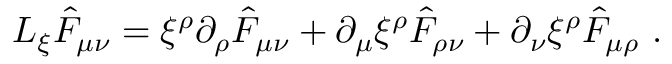
{ \cal L } _ { \xi } \hat { F } _ { \mu \nu } = \xi ^ { \rho } \partial _ { \rho } \hat { F } _ { \mu \nu } + \partial _ { \mu } \xi ^ { \rho } \hat { F } _ { \rho \nu } + \partial _ { \nu } \xi ^ { \rho } \hat { F } _ { \mu \rho } \ .